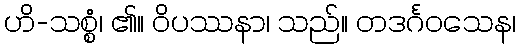
ဟိ-သစ္စံ၊ ၏။ ဝိပဿနာ၊ သည်။ တဒင်္ဂဝသေန၊